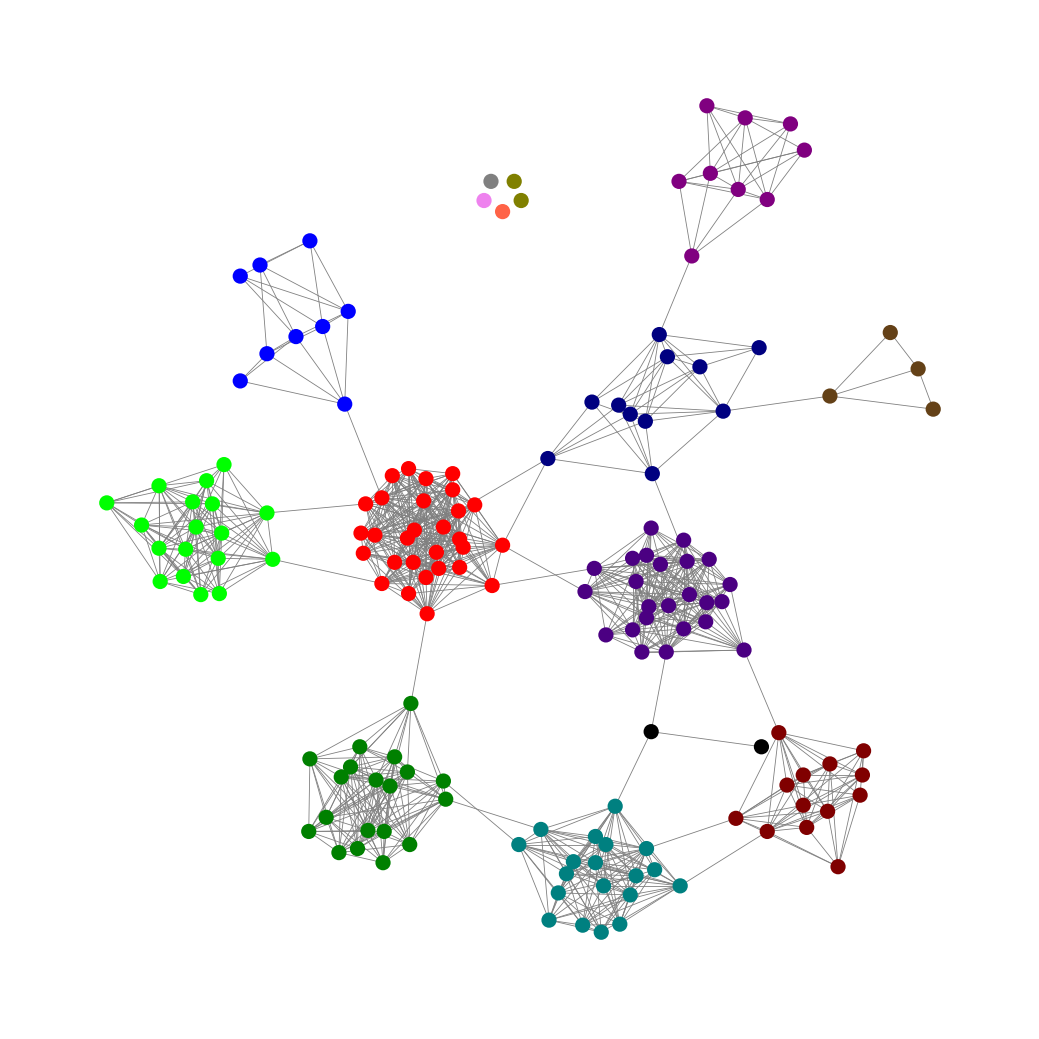
Graph connected: No
Number of connected components: 6
Number of singletons: 5
Total number of nodes: 162
Total number of edges: 987
Number of communities: 15
Community sizes:
Black: 2
Blue: 9
Gray: 1
Green: 19
Indigo: 24
Lime: 18
Maroon: 13
Navy: 11
Olive: 2
Pullman Brown: 4
Purple: 9
Red: 29
Teal: 19
Tomato: 1
Violet: 1
Graph layout: tda
Graph generation method: erdos_renyi